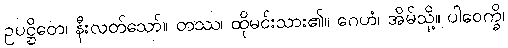
ဥပဋ္ဌိတေ၊ နီးလတ်သော်။ တဿ၊ ထိုမင်းသား၏။ ဂေဟံ၊ အိမ်သို့။ ပါဝေက္ခိ၊